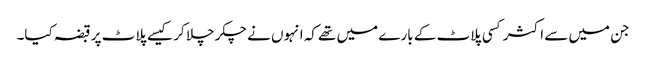
جن میں سے اکثر کسی پلاٹ کے بارے میں تھے کہ انہوں نے چکر چلا کر کیسے پلاٹ پر قبضہ کیا۔